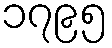
၁၇၉၅